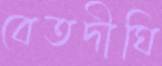
বেতদীঘি